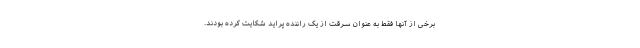
برخی از آنها فقط به عنوان سرقت از یک راننده پراید شکایت کرده بودند.